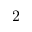
2